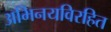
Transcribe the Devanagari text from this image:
अभिनयविरहित